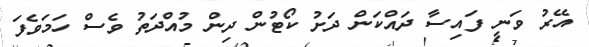
އޭރު ވަނީ ފައިސާ ދައްކަން ދަށު ކޯޓުން ދިން މުއްދަތު ވެސް ހަމަވެފަ